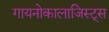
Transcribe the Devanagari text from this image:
गायनोकालाजिस्ट्स